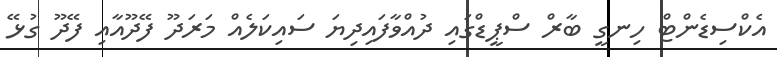
އެކްސިޑެންޓް ހިނގީ ބާރް ސްޕީޑްގައި ދުއްވާފައިދިޔަ ސައިކަލެއް މަރަދޫ ފޭދޫއާއި ފޭދޫ ގުޅޭ